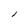
Character: l